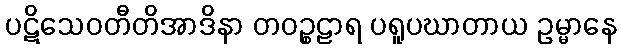
ပဋိသေဝတီတိအာဒိနာ တဝဉ္စဠာရ ပရူပဃာတာယ ဥမ္မာနေ